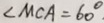
\angle M C A = 6 0 ^ { \circ }